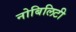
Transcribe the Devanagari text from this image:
नोबिलिटी